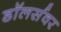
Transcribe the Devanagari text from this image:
डॉलर्सवर